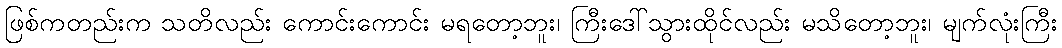
ဖြစ်ကတည်းက သတိလည်း ကောင်းကောင်း မရတော့ဘူး၊ ကြီးဒေါ်သွားထိုင်လည်း မသိတော့ဘူး၊ မျက်လုံးကြီး